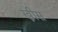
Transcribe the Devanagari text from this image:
ख्रीस